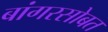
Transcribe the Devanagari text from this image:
बांगरसोबत